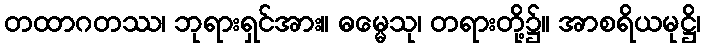
တထာဂတဿ၊ ဘုရားရှင်အား။ ဓမ္မေသု၊ တရားတို့၌။ အာစရိယမုဋ္ဌိ၊